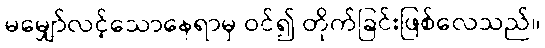
မမျှော်လင့်သောနေရာမှ ဝင်၍ တိုက်ခြင်းဖြစ်လေသည်။